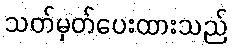
သတ်မှတ်ပေးထားသည်